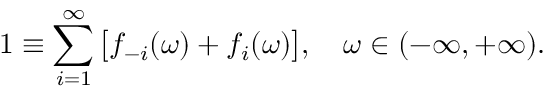
1 \equiv \sum _ { i = 1 } ^ { \infty } \big [ f _ { - i } ( \omega ) + f _ { i } ( \omega ) \big ] , \quad \omega \in ( - \infty , + \infty ) .